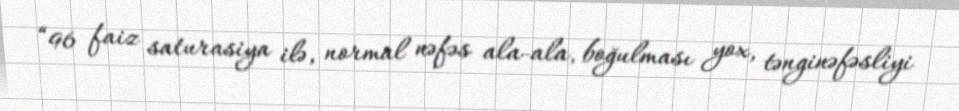
“96 faiz saturasiya ilə, normal nəfəs ala-ala, boğulması yox, tənginəfəsliyi